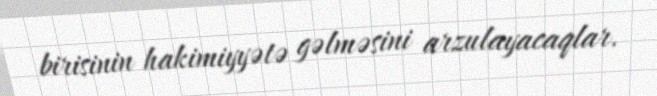
birisinin hakimiyyətə gəlməsini arzulayacaqlar.